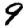
Digit: 9